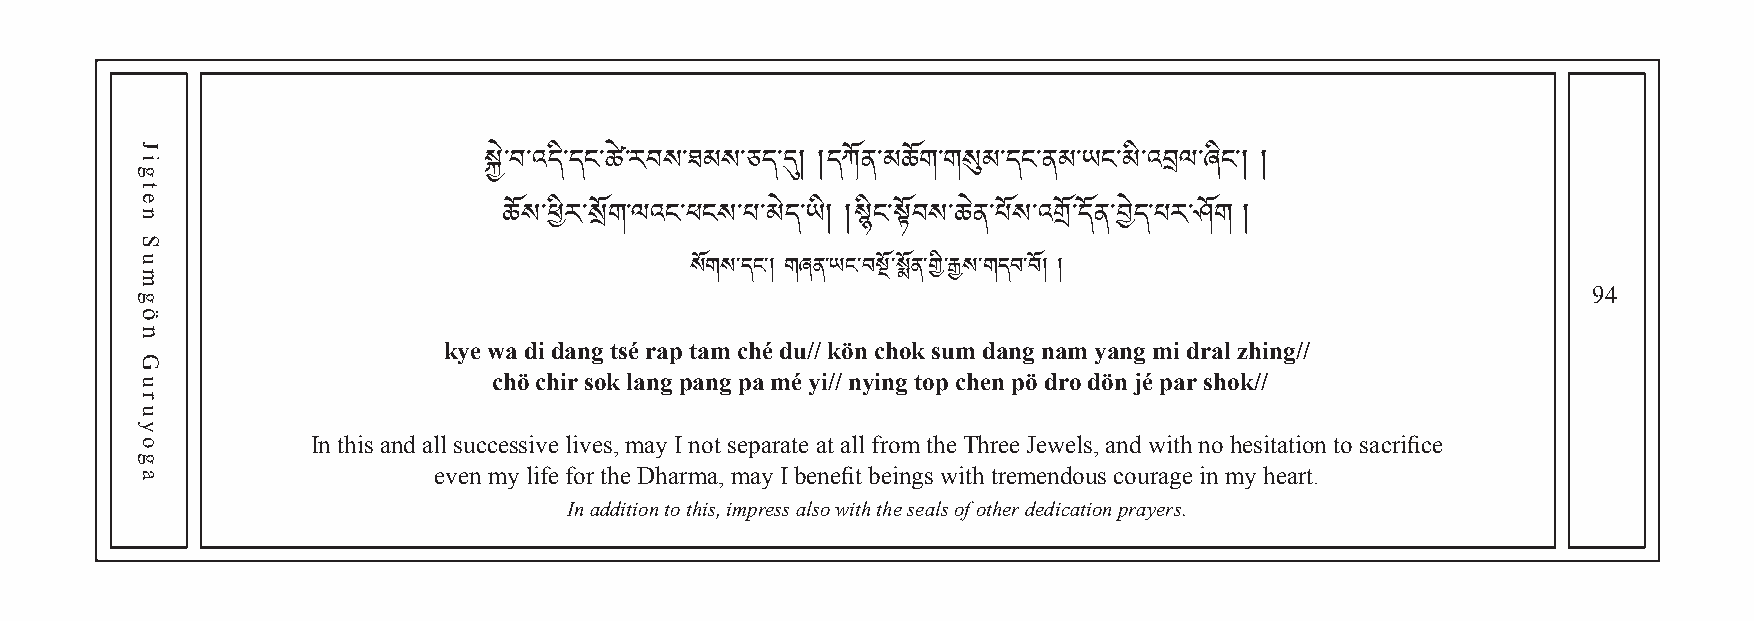
སྐྱེ་བ་འདི་དང་ཚྲེ་རབས་ཐམས་ཅད་དུ། །དཀོན་མཆོག་གསུམ་དང་ནམ་ཡང་མི་འབལ་ཞིང་། །
 ཆོས་ཕིར་སྲོག་ལའང་ཕངས་པ་མེད་ཡི། །སིང་སྟོབས་ཆེན་པོས་འགོ་དོན་བེད་པར་ཤོག །
 94
 སོགས་དང་། གཞན་ཡང་བསྔོ་སྨོན་གི་རྒྱས་གདབ་བོ། །
 kye wa di dang tsé rap tam ché du// kön chok sum dang nam yang mi dral zhing//
 chö chir sok lang pang pa mé yi// nying top chen pö dro dön jé par shok//
 In this and all successive lives, may I not separate at all from the Three Jewels, and with no hesitation to sacrifice
 even my life for the Dharma, may I benefit beings with tremendous courage in my heart.
 In addition to this, impress also with the seals of other dedication prayers.
 Jigten
 Sumgön
 Guruyoga